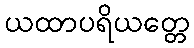
ယထာပရိယတ္တေ